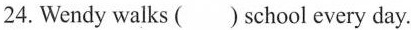
24. Wendy walks ( ) school every day.